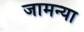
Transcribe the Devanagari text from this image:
जामन्या